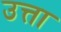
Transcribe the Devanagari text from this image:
उत्ता